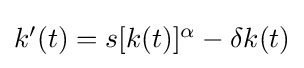
{\textstyle k'(t)=s[k(t)]^{\alpha }-\delta k(t)}